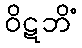
ဝိဋဘိံ